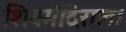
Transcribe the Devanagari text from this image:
शिवमंदिराला